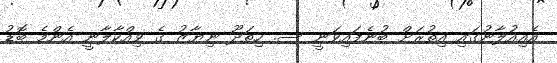
އެއިއުލާނުގައި އިތުރަށް ބުނެފައިވަނީ ސ. ހިތަދޫ ނިޔާޒު ގެ ވިއްކާލާނީ އެންމެ ބޮޑު